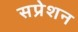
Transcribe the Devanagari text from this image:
सप्रेशन